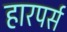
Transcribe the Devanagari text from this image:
हारपर्स